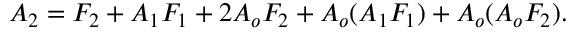
A _ { 2 } = F _ { 2 } + A _ { 1 } F _ { 1 } + 2 A _ { o } F _ { 2 } + A _ { o } ( A _ { 1 } F _ { 1 } ) + A _ { o } ( A _ { o } F _ { 2 } ) .